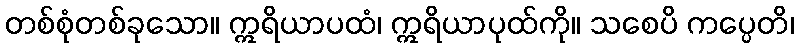
တစ်စုံတစ်ခုသော။ ဣရိယာပထံ၊ ဣရိယာပုထ်ကို။ သစေပိ ကပ္ပေတိ၊